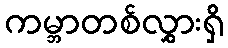
ကမ္ဘာတစ်လွှားရှိ